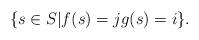
LaTeX: \begin{align*} \{ s \in S | f(s) = j g(s) = i \}.\end{align*}